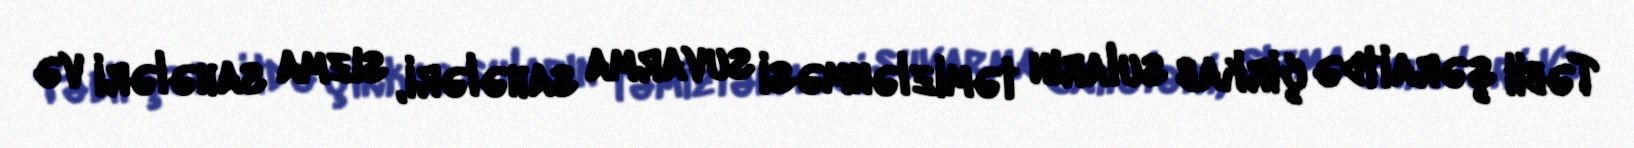
Təbii şəraitdə çirkab suların təmizlənməsi suvarma sahələri, sızma sahələri və